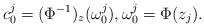
LaTeX: \begin{align*}c_0^j=(\Phi^{-1})_z(\omega_0^j),\omega_0^j=\Phi(z_j).\end{align*}